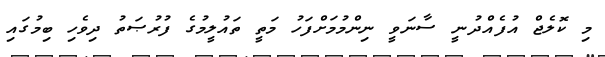
މި ކޮލެޖް އުފެއްދުނީ ސާނަވީ ނިންމުމަށްފަހު މަތީ ތައުލީމުގެ ފުރުޞަތު ދިވެހި ބިމުގައި